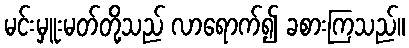
မင်းမှူးမတ်တို့သည် လာရောက်၍ ခစားကြသည်။